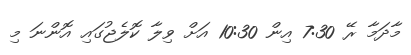
މާދަމާ ރޭ 7:30 އިން 10:30 އަށް ވިލާ ކޮލެޖުގައި އޮންނަ މި